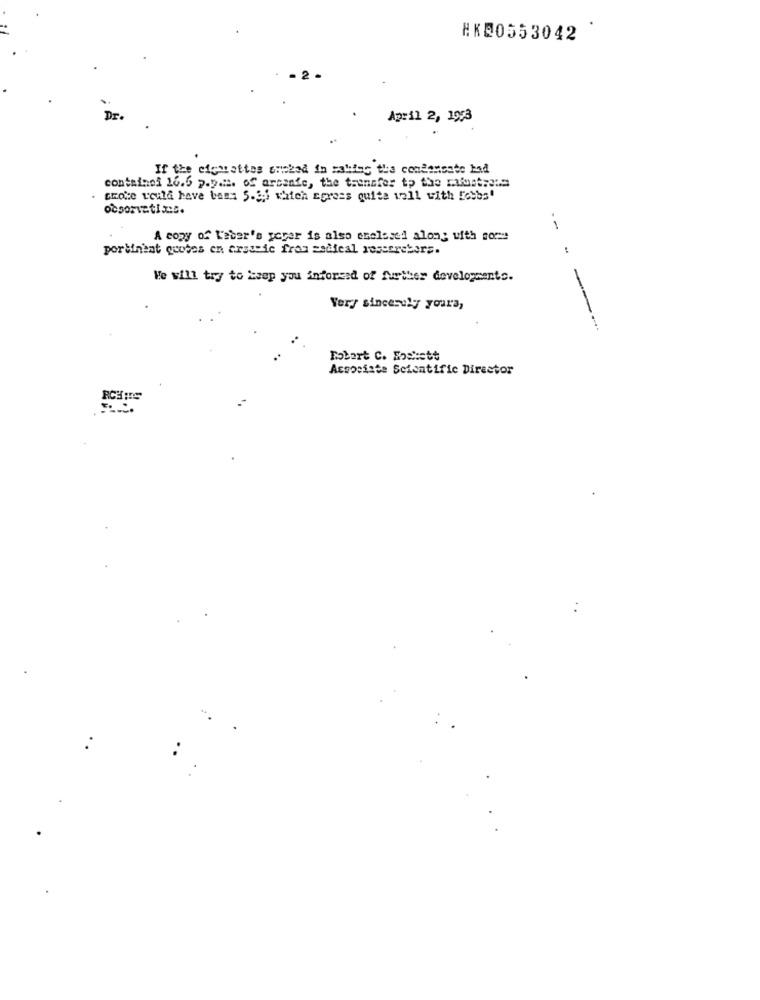
#KR0553042
Dr
April 2, 1953
If the cigarettes cneked in making the condensate had
containof 16.5 p.p.m. of arcanie, the transfer to the rasmustre:s
Grote would have band 5.3.1 which Egress quite well with [obbs'
observatinc.
A copy of L'aber's peger is also enclosed along with some
portinent quotes en arsicic fray sedieal rescerebers.
We will try to keep you inforsed of further developments.
Very sincerely yours,
Robert C. Foskott
Associate Scientific Director